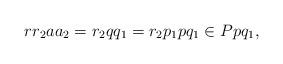
LaTeX: \begin{align*}rr_2aa_2 = r_2qq_1 = r_2p_1pq_1 \in Ppq_1,\end{align*}